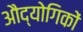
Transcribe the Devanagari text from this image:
औद्योगिकों